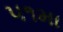
૫૧મા